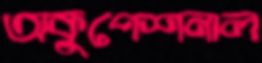
অকুপেশনাল